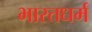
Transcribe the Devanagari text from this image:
भारतधर्म